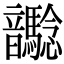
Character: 𩑉